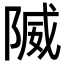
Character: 隇